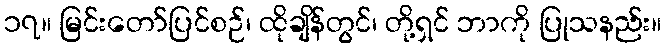
၁၇။ မြင်းတော်ပြင်စဉ်၊ ထိုချိန်တွင်၊ တို့ရှင် ဘာကို ပြုသနည်း။